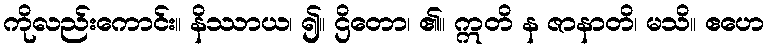
ကိုလည်းကောင်း။ နိဿာယ၊ ၍။ ဌိတော၊ ၏။ ဣတိ န ဇာနာတိ၊ မသိ။ ဧဟေ